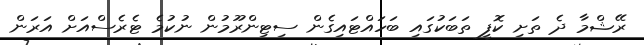
ރޭޝްމާ ދެ ތަށި ކޮފީ ތަބަކުގައި ބަހައްޓައިގެން ސިޓިންރޫމުން ނުކުމެ ޓެރެސްއަށް އަރަން